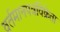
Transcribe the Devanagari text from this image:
वर्तमानपत्रविक्रेता